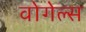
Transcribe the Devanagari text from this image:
वोगेल्स